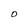
Character: O